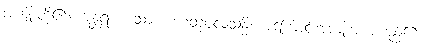
အကျိုးတို့၏။ အန္တရာ၊ သော။ ဟေတုဖလသန္ဓိ၊ အကြောင်းအကျိုးအစပ်မည်၏။